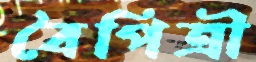
বৈপিত্রী